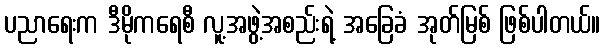
ပညာရေးက ဒီမိုကရေစီ လူ့အဖွဲ့အစည်းရဲ့ အခြေခံ အုတ်မြစ် ဖြစ်ပါတယ်။